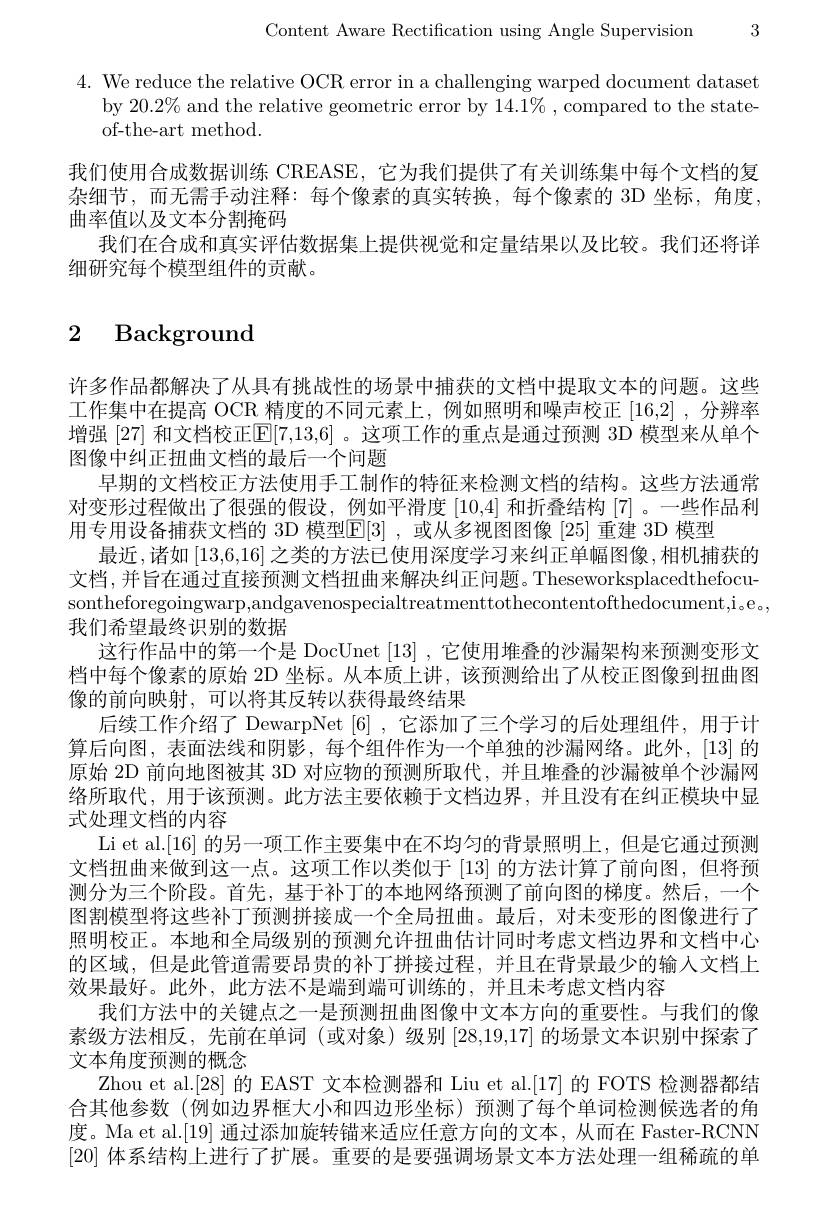
Content Aware Rectification using Angle Supervision 3

$4.{\mathrm{~We~reduce~the~relative~OCR~error~in~a~challenging~warped~document~dataset}}$
by $20.2\%$ and the relative geometric error by $14.1\%$,compared to the state-
of-the-art method.

我们使用合成数据训练 CREASE, 它为我们提供了有关训练集中每个文档的复杂细节，而无需手动注释：每个像素的真实转换，每个像素的 3D 坐标，角度， 曲率值以及文本分割掩码
我们在合成和真实评估数据集上提供视觉和定量结果以及比较。我们还将详
细研究每个模型组件的贡献。

# 2 Background

许多作品都解决了从具有挑战性的场景中捕获的文档中提取文本的问题。这些工作集中在提高 OCR 精度的不同元素上，例如照明和噪声校正 [16,2] ,分辨率增强 [27] 和文档校正$[\mathbb{E}[7,13,6]$ 。这项工作的重点是通过预测 3D 模型来从单个图像中纠正扭曲文档的最后一个问题
早期的文档校正方法使用手工制作的特征来检测文档的结构。这些方法通常对变形过程做出了很强的假设，例如平滑度[10,4]和折叠结构[7] 。一些作品利用专用设备捕获文档的 3D 模型E[3] ,或从多视图图像[25] 重建 3D 模型
最近，诸如[13,6,16]之类的方法已使用深度学习来纠正单幅图像，相机捕获的文档，并旨在通过直接预测文档扭曲来解决纠正问题。Theseworksplacedthefocusontheforegoingwarp,andgavenospecialtreatmenttothecontentofthedocument,i。e。, 我们希望最终识别的数据
这行作品中的第一个是 DocUnet [13],它使用堆叠的沙漏架构来预测变形文档中每个像素的原始 2D 坐标。从本质上讲，该预测给出了从校正图像到扭曲图像的前向映射，可以将其反转以获得最终结果
后续工作介绍了 DewarpNet[6] ,它添加了三个学习的后处理组件，用于计算后向图，表面法线和阴影，每个组件作为一个单独的沙漏网络。此外，[13]的原始 2D 前向地图被其 3D 对应物的预测所取代，并且堆叠的沙漏被单个沙漏网络所取代，用于该预测。此方法主要依赖于文档边界，并且没有在纠正模块中显式处理文档的内容
Li et al.[16] 的另一项工作主要集中在不均匀的背景照明上，但是它通过预测文档扭曲来做到这一点。这项工作以类似于 [13] 的方法计算了前向图，但将预测分为三个阶段。首先，基于补丁的本地网络预测了前向图的梯度。然后，一个图割模型将这些补丁预测拼接成一个全局扭曲。最后，对未变形的图像进行了照明校正。本地和全局级别的预测允许扭曲估计同时考虑文档边界和文档中心的区域，但是此管道需要昂贵的补丁拼接过程，并且在背景最少的输入文档上效果最好。此外，此方法不是端到端可训练的，并且未考虑文档内容
我们方法中的关键点之一是预测扭曲图像中文本方向的重要性。与我们的像素级方法相反，先前在单词(或对象)级别[28,19,17] 的场景文本识别中探索了文本角度预测的概念
Zhou et al.[28] 的 EAST 文本检测器和 Liu et al.[17] 的 FOTS 检测器都结合其他参数(例如边界框大小和四边形坐标)预测了每个单词检测候选者的角度。Ma et al.[19] 通过添加旋转锚来适应任意方向的文本，从而在 Faster-RCNN $\left|20\right|$体系结构上进行了扩展。重要的是要强调场景文本方法处理一组稀疏的单